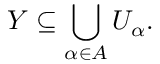
Y \subseteq \bigcup _ { \alpha \in A } U _ { \alpha } .